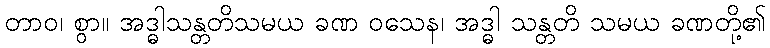
တာဝ၊ စွာ။ အဒ္ဓါသန္တတိသမယ ခဏ ဝသေန၊ အဒ္ဓါ သန္တတိ သမယ ခဏတို့၏